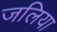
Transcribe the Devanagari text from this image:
जलिया